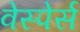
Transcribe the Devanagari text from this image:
वेस्पेर्स